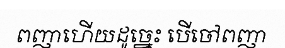
ពញាហើយដូច្នេះ បើចៅពញា